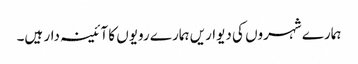
ہمارے شہروں کی دیواریں ہمارے رویوں کا آئینہ دار ہیں۔